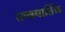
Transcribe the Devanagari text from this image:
तन्त्रवार्तिक